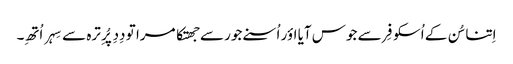
اِتنا سُن کے اُسکو فِر سے جوس آیا اؤر اُسنے جور سے جھتکا مرا تو دِدِ پُرِ ترہ سے سِہر اُتھِ۔